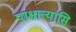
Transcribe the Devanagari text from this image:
पाश्चात्त्यासि